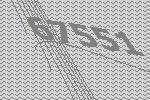
67551